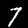
Digit: 7